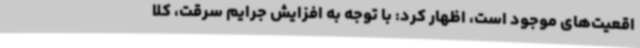
اقعیت‌های موجود است، اظهار کرد: با توجه به افزایش جرایم سرقت، کلا